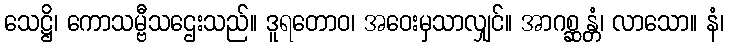
သေဋ္ဌိ၊ ကောသမ္ဗီသဌေးသည်။ ဒူရတောဝ၊ အဝေးမှသာလျှင်။ အာဂစ္ဆန္တံ၊ လာသော။ နံ၊